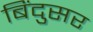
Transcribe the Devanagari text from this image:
बिंदुसर